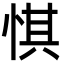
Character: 㥍